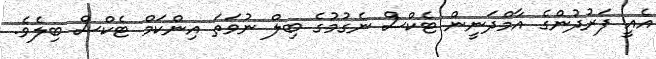
އެއީ ފަރުދުންގެ އާމްދަނީން ޓެކްސް ނެގުމުގެ ބިލް ނުވަތަ އިންކަމް ޓެކްސް ބިލެވެ.